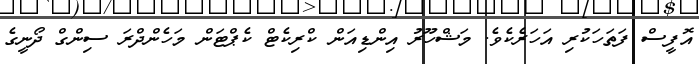
އޮފީސް ފަތަހަކުރި އަހަރެކެވެ. މަޝްހޫރު އިންޑިއަން ކްރިކެޓް ކެޕްޓަން މަހެންދްރަ ސިންގް ދޯނީގެ